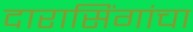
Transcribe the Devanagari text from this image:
दारासिंगांचा